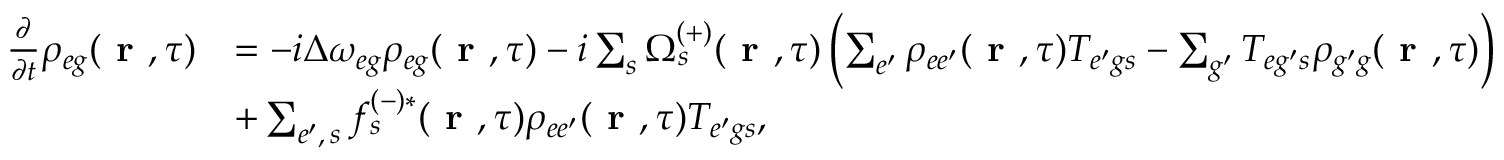
\begin{array} { r l } { \frac { \partial } { \partial t } \rho _ { { e g } } ( \textbf { r } , \tau ) } & { = - i \Delta \omega _ { { e g } } \rho _ { { e g } } ( \textbf { r } , \tau ) - i \sum _ { s } \Omega _ { s } ^ { ( + ) } ( \textbf { r } , \tau ) \left( \sum _ { e ^ { \prime } } \rho _ { { e e ^ { \prime } } } ( \textbf { r } , \tau ) T _ { { e ^ { \prime } g } s } - \sum _ { g ^ { \prime } } T _ { { e g ^ { \prime } } s } \rho _ { { g ^ { \prime } g } } ( \textbf { r } , \tau ) \right) } \\ & { + \sum _ { e ^ { \prime } , \, s } f _ { s } ^ { ( - ) * } ( \textbf { r } , \tau ) \rho _ { { e e ^ { \prime } } } ( \textbf { r } , \tau ) T _ { { e ^ { \prime } g } s } , } \end{array}